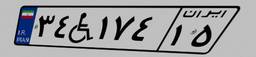
۳۴W۱۷۴۱۵